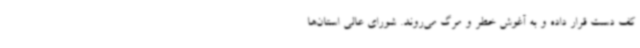
کف دست قرار داده و به آغوش خطر و مرگ می‌روند. شورای عالی استان‌ها